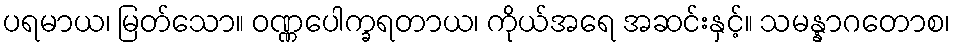
ပရမာယ၊ မြတ်သော။ ဝဏ္ဏပေါက္ခရတာယ၊ ကိုယ်အရေ အဆင်းနှင့်။ သမန္နာဂတောစ၊